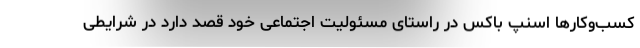
کسب‌و‌کارها اسنپ باکس در راستای مسئولیت اجتماعی خود قصد دارد در شرایطی